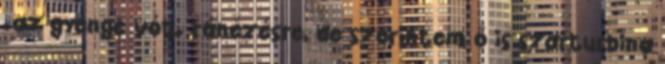
.az gyenge vót. ránézésre, de szerintem ő is szarturbina